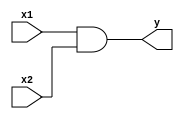
module my_and (
	output y,
  	input x1, x2
);
  assign y = x1 & x2;
endmodule

module my_or (
	output y,
  	input x1, x2
);
  assign y = x1 | x2;
endmodule

module my_xor (
	output y,
  	input x1, x2
);
  assign y = x1 ^ x2;
endmodule

module full_adder (
	input A, B, Cin,
  	output S, Cout
);
  
  wire W0, W1, W2;
  
  xor u_xor0 (W0,A,B);
  xor u_xor1 (S,W0,Cin);
  and u_and0 (W2,A,B);
  and u_and1 (W1,Cin,W0);
  or u_or0 (Cout,W1,W2);
  
endmodule